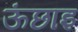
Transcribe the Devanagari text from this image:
ऊंछाइ